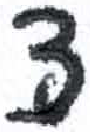
אות: צ